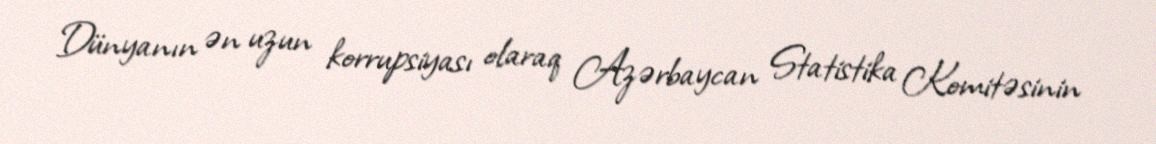
Dünyanın ən uzun korrupsiyası olaraq Azərbaycan Statistika Komitəsinin